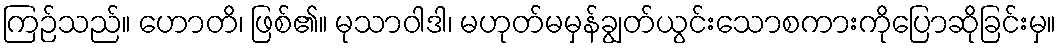
ကြဉ်သည်။ ဟောတိ၊ ဖြစ်၏။ မုသာဝါဒါ၊ မဟုတ်မမှန်ချွတ်ယွင်းသောစကားကိုပြောဆိုခြင်းမှ။